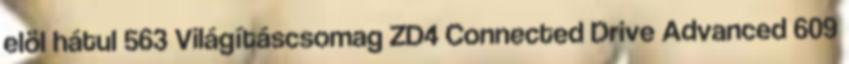
elöl hátul 563 Világításcsomag ZD4 Connected Drive Advanced 609